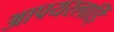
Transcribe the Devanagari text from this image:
आपयरलाईि